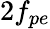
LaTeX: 2f_{pe}